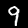
Label: 9